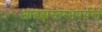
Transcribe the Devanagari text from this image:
आब्रह्मस्तम्भपर्यन्तं